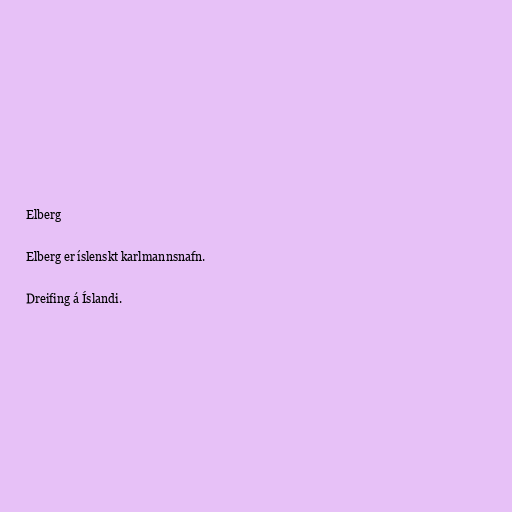
Elberg

Elberg er íslenskt karlmannsnafn.

Dreifing á Íslandi.